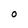
Character: o